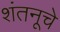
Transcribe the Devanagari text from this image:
शंतनूचे